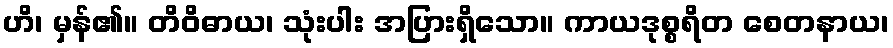
ဟိ၊ မှန်၏။ တိဝိဓာယ၊ သုံးပါး အပြားရှိသော။ ကာယဒုစ္စရိတ စေတနာယ၊